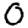
Digit: 0